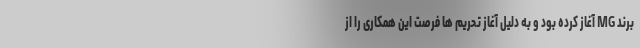
برند MG آغاز کرده بود و به دلیل آغاز تحریم ها فرصت این همکاری را از